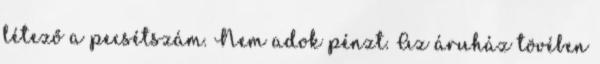
létező a pecsétszám. Nem adok pénzt. Az áruház tövében